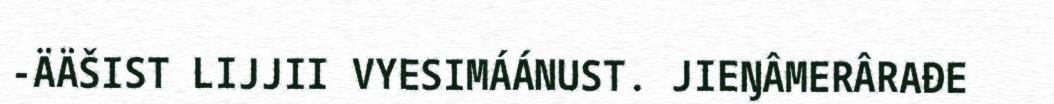
-ÄÄŠIST LIJJII VYESIMÁÁNUST. JIEŊÂMERÂRAĐE